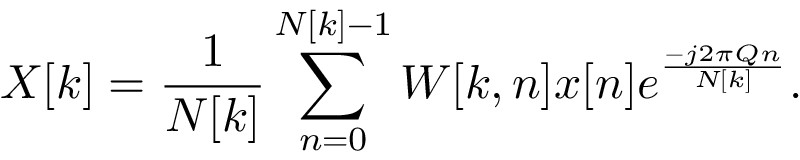
X [ k ] = { \frac { 1 } { N [ k ] } } \sum _ { n = 0 } ^ { N [ k ] - 1 } W [ k , n ] x [ n ] e ^ { \frac { - j 2 \pi Q n } { N [ k ] } } .